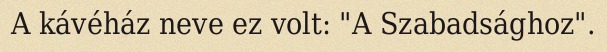
A kávéház neve ez volt: "A Szabadsághoz".